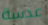
عدسة